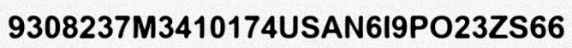
9308237M3410174USAN6I9PO23ZS66